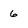
Character: 6